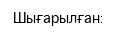
Шығарылған: